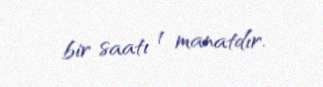
bir saatı 1 manatdır.